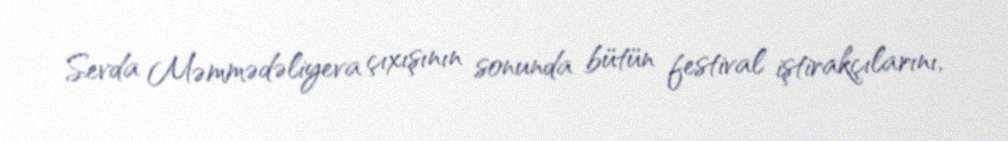
Sevda Məmmədəliyeva çıxışının sonunda bütün festival iştirakçılarını,